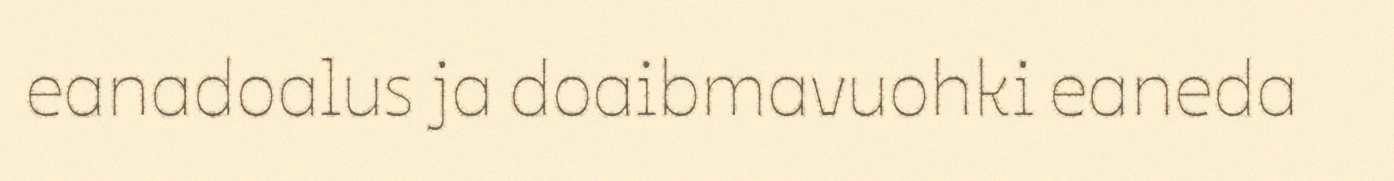
eanadoalus ja doaibmavuohki eaneda